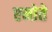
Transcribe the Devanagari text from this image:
एमोते